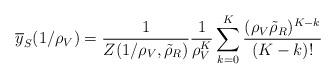
LaTeX: \begin{align*}\overline{y}_S(1/\rho_V) &= \frac{1}{Z(1/\rho_V, \tilde{\rho}_R)}\frac{1}{\rho_V^K} \sum\limits_{k=0}^K \frac{(\rho_V\tilde{\rho}_R)^{K-k}}{(K-k)!} \end{align*}